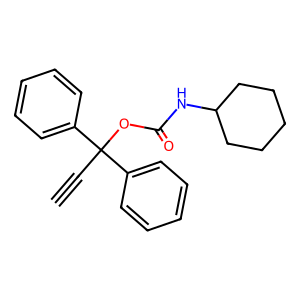
SMILES: C#CC(OC(=O)NC1CCCCC1)(c1ccccc1)c1ccccc1
Inhibits HIV replication: No